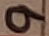
Text: 9